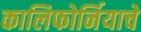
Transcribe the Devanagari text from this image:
कालिफोर्नियाचे